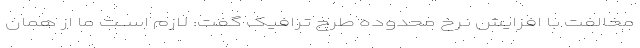
مخالفت با افزایش نرخ محدوده طرح ترافیک گفت: لازم اســـت ما از همان